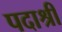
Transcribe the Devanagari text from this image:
पदाश्री